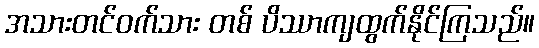
အသားတင်ဝက်သား တစ် ပိဿာကျထွက်နိုင်ကြသည်။